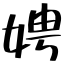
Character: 娉